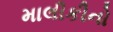
માલીકીનો